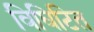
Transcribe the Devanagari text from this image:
विघिटित